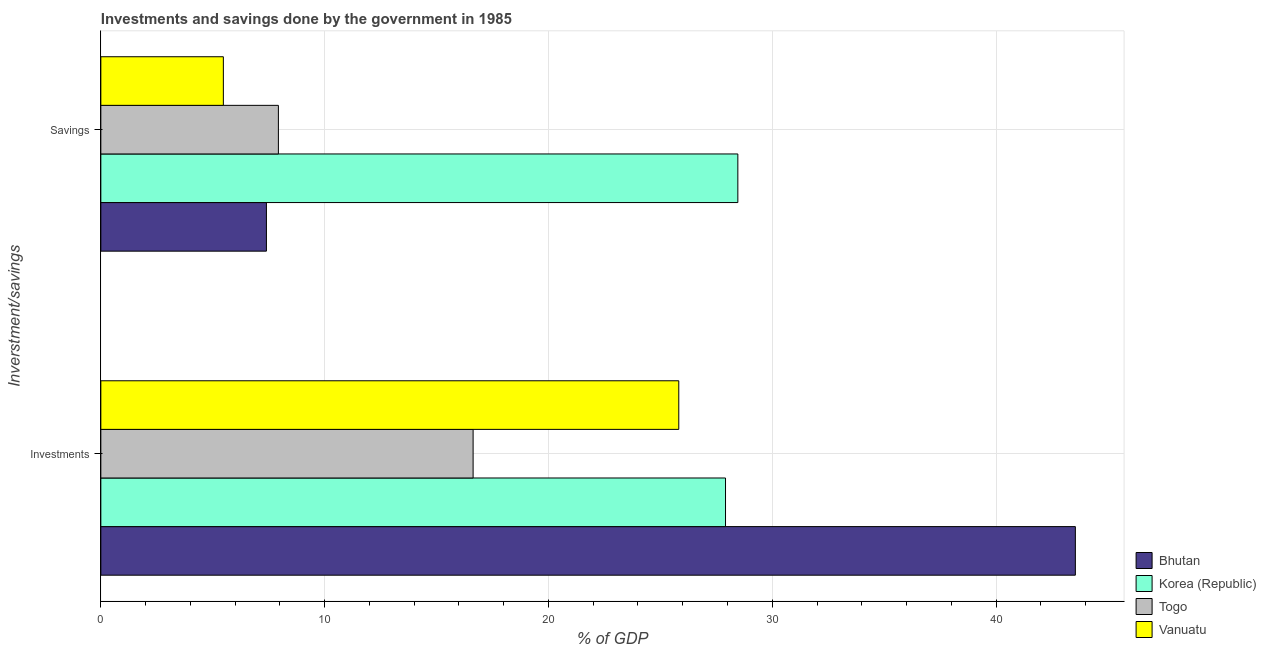
| Inverstment/savings | Bhutan | Korea (Republic) | Togo | Vanuatu |
 | --- | --- | --- | --- | --- |
 | Investments | 43.5 | 27.9 | 16.6 | 25.8 |
 | Savings | 7.4 | 28.5 | 7.93 | 5.47 |